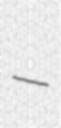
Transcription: –